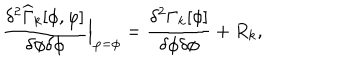
LaTeX: \frac { \delta ^ { 2 } \widehat { \Gamma } _ { k } [ \phi , \varphi ] } { \delta \phi \delta \phi } { \Big | } _ { \varphi = \phi } = \frac { \delta ^ { 2 } \Gamma _ { k } [ \phi ] } { \delta \phi \delta \phi } + R _ { k } ,